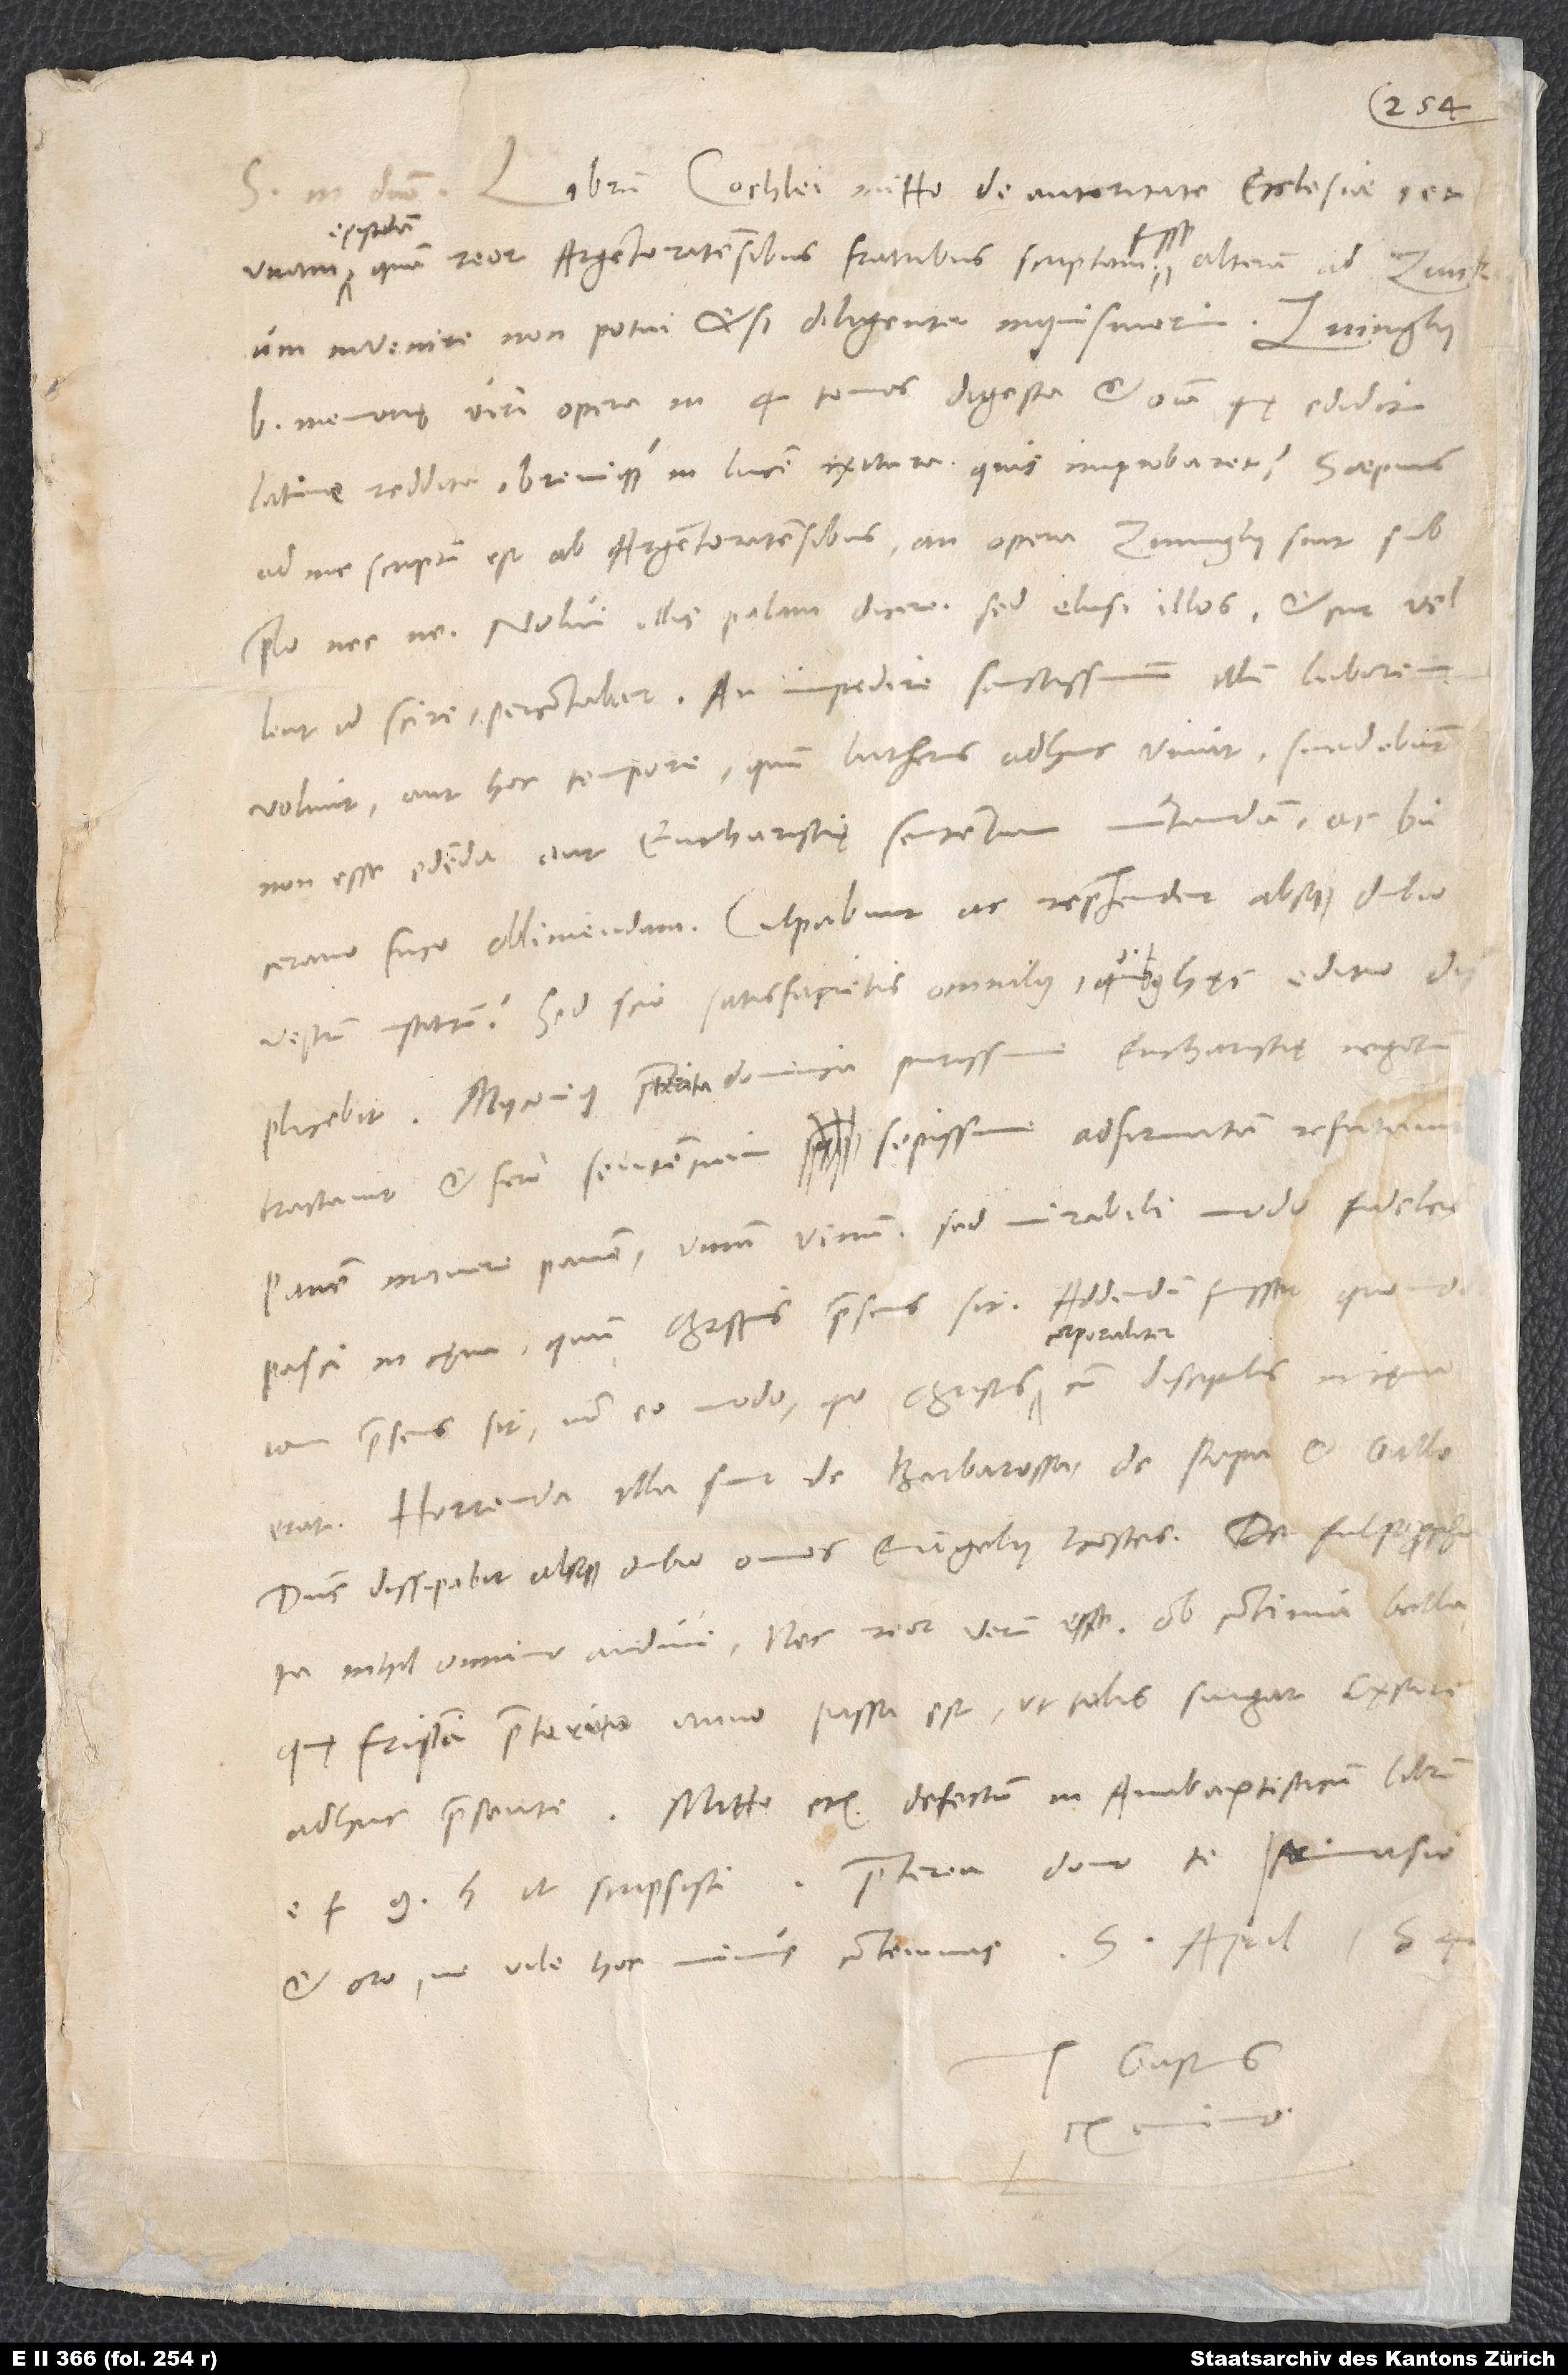
154.
Librum Cochlei mitto de autoritate ecclesiae et
S.
epistolam,
invenire non potui, etsi diligenter inquisiverim.
b memorię viri, opera in 4 tomos digesta et omnia, quę edidit,
Latine reddita brevique in lucem exitura quis improbaret? Saepius
ad me scriptum est ab Argentoratensibus, an opera Zvinglii sint sub
prelo nec ne. Nolui illis palam dicere, sed elusi illos et, cur vellent
id scire, percontabar. An impedire sanctissimum illum laborem
volunt aut hoc tempore, quum Lutherus adhuc vivit, suadebunt
non esse edenda aut eucharistię sententiam mutandam ac
Bucerano fuco obliniendam. Culpabunt ac reprehendent absque dubio
vestrum institutum! Sed scio, satisfacietis omnibus, quibus hęc editio displicebit.
Myconius praeterita dominica purissime eucharistię negotium
tractavit et fere sententiam sepissime adfirmatam refutavit
panem manere panem, vinum vinum, sed mirabili modo fideles
pasci in cęna, quum Christus praesens sit. Addendum fuisset, quomodo
iam praesens sit, non eo modo, quo Christus corporaliter cum discipulis in cęna
Horrenda illa sunt de Barbarossa, de papa et Gallo.
Dominus dissipabit absque dubio omnes evangelii hostes. De falso propheta
nihil omnino audivi nec reor verum esse ob continua bella,
quę Frisia praeterito anno passa est, ut talis surgat cęsare
f, g, h, ut scripsisti. Praeterea dono te Primasio
et oro, ne vile hoc munus contemnas. 5. aprilis
Tuus Gastius